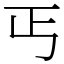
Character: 丐